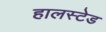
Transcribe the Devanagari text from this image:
हालस्टेड